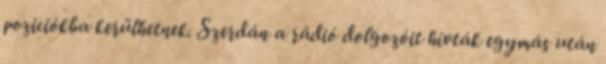
poziciókba kerülhetnek. Szerdán a rádió dolgozóit hívták egymás után